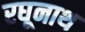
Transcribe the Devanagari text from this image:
रघूनाथ